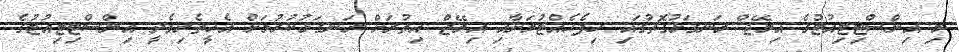
މި އިންސްޓިޓިއުޓުގެ އިމޭޖް ރަނގަޅުގޮތުގައި ހިފެހެއްޓުމަށާއި އިމޭޖް އިތުރަށް ރަނގަޅުކުރުމަށް އެހީތެރިވެދީ އިންސްޓިޓިއުޓުގެ